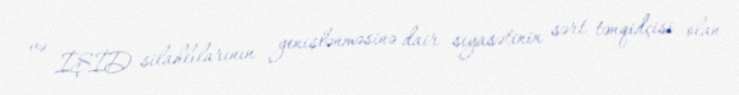
və İŞİD silahlılarının genişlənməsinə dair siyasətinin sərt tənqidçisi olan